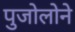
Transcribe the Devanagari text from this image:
पुजोलोने